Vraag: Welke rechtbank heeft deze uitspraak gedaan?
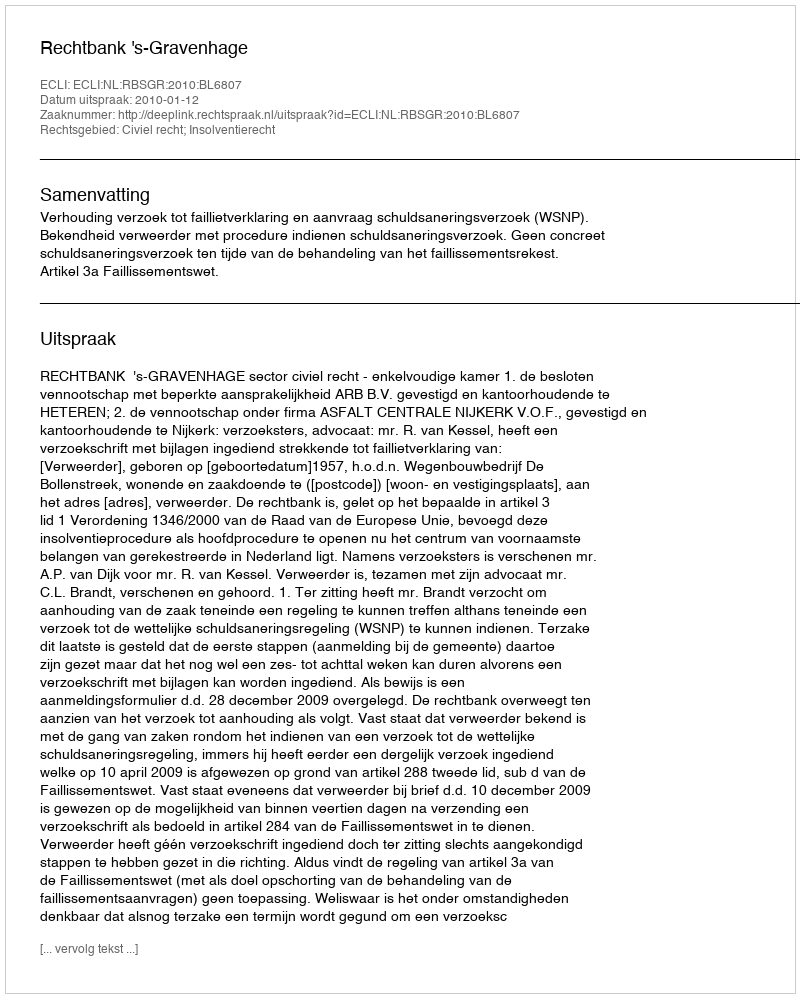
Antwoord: Rechtbank 's-Gravenhage